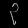
Digit: ၃